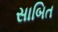
સાબિત